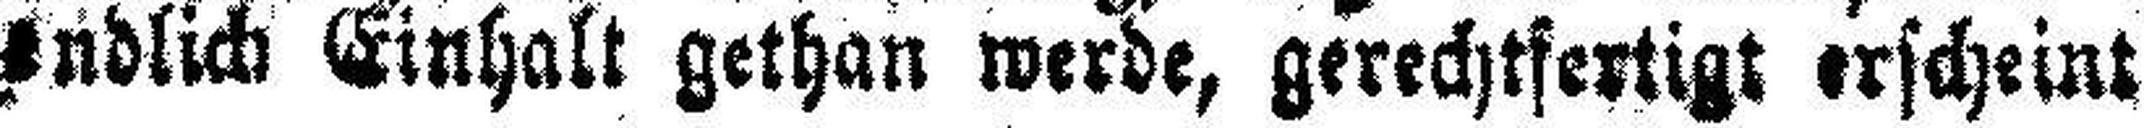
endlich Einhalt gethan werde, gerechtfertigt erscheint